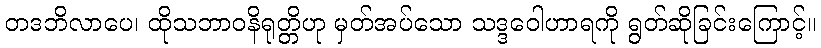
တဒဘိလာပေ၊ ထိုသဘာဝနိရုတ္တိဟု မှတ်အပ်သော သဒ္ဒဝေါဟာရကို ရွတ်ဆိုခြင်းကြောင့်။